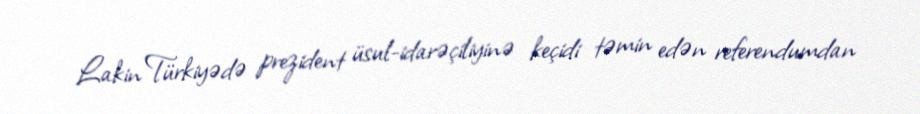
Lakin Türkiyədə prezident üsul-idarəçiliyinə keçidi təmin edən referendumdan